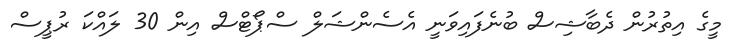
މީގެ އިތުރުން ދެބާޝިސް ބުނެފައިވަނީ އެސެންޝަލް ސްޕޯޓްސް އިން 30 ލައްކަ ރުޕީސް